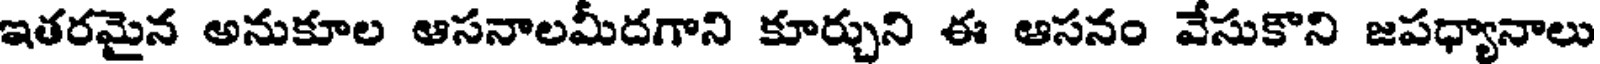
ఇతరమైన అనుకూల ఆసనాలమీదగాని కూర్చుని ఈ ఆసనం వేసుకొని జపధ్యానాలు